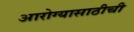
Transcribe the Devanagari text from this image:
आरोग्यासाठीची